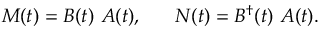
M ( t ) = B ( t ) ~ A ( t ) , ~ ~ ~ ~ ~ N ( t ) = B ^ { \dag } ( t ) ~ A ( t ) .